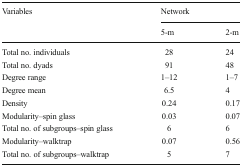
| <ROWSPAN=2> Variables | <COLSPAN=2> Network |
 | 5-m | 2-m |
 | --- | --- | --- |
 | Total no. individuals | 28 | 24 |
 | Total no. dyads | 91 | 48 |
 | Degree range | 1–12 | 1–7 |
 | Degree mean | 6.5 | 4 |
 | Density | 0.24 | 0.17 |
 | Modularity–spin glass | 0.03 | 0.07 |
 | Total no. of subgroups–spin glass | 6 | 6 |
 | Modularity–walktrap | 0.07 | 0.56 |
 | Total no. of subgroups–walktrap | 5 | 7 |